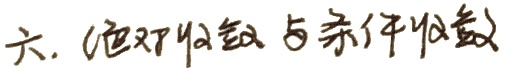
六. (隐函数与条件极值)